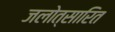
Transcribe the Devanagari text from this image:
जलोत्सारित